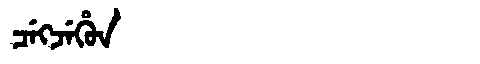
Manchu: ᠴᡝᡴᠵᡝᡥᡠᠨ
Romanization: CEKJEHUN